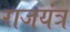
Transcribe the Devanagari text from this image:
राजयंत्र